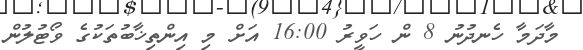
މާދަމާ ހެނދުނު 8 ން ހަވީރު 16:00 އަށް މި އިންތިޚާބުތަކުގެ ވޯޓުލުން